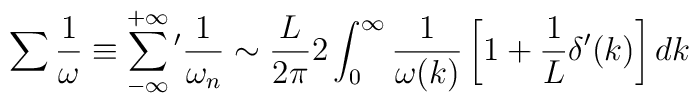
\sum \frac{1}{\omega}\equiv\sum_{-\infty}^{+\infty}\,\! '\frac{1}{\omega_{n}}\sim \frac{L}{2\pi}2\int_{0}^{\infty}\frac{1}{\omega (k)}\left[1+\frac{1}{L}\delta '(k)\right]dk